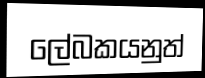
ලේබකයනුත්